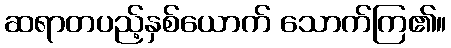
ဆရာတပည့်နှစ်ယောက် သောက်ကြ၏။